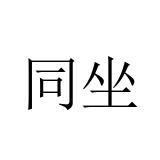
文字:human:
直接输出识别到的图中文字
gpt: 同坐